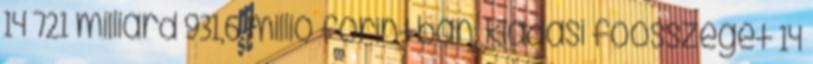
14 721 milliárd 931,6 millió forintban, kiadási főösszegét 14